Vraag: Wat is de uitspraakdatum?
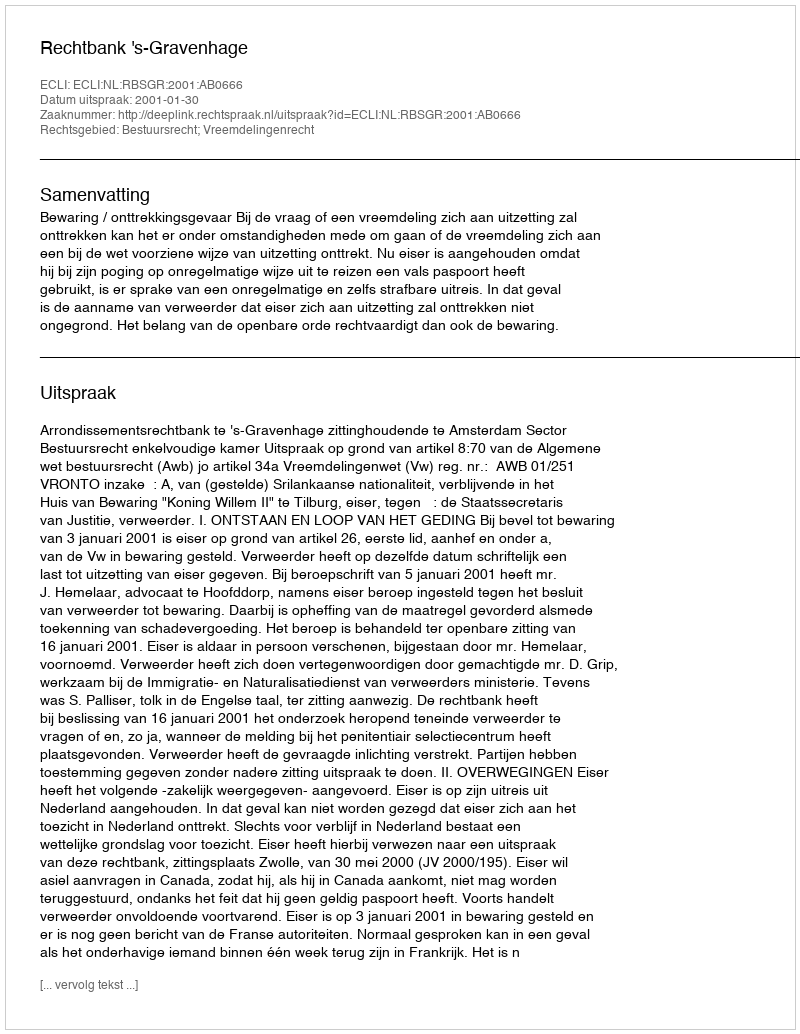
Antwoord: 2001-01-30